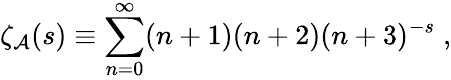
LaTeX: \zeta_{\cal A}(s)\equiv\sum_{n=0}^{\infty}(n+1)(n+2)(n+3)^{-s}\; ,